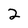
Character: 2